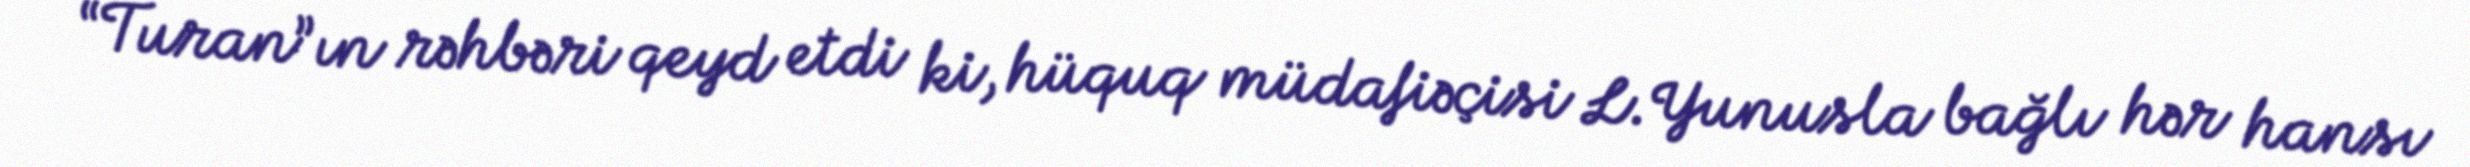
“Turan”ın rəhbəri qeyd etdi ki, hüquq müdafiəçisi L.Yunusla bağlı hər hansı